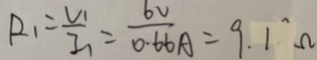
R _ { 1 } = \frac { V _ { 1 } } { I _ { 1 } } = \frac { 6 v } { 0 . 6 6 A } = 9 . 1 \Omega